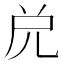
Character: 𠒁